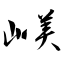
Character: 嵄